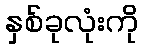
နှစ်ခုလုံးကို